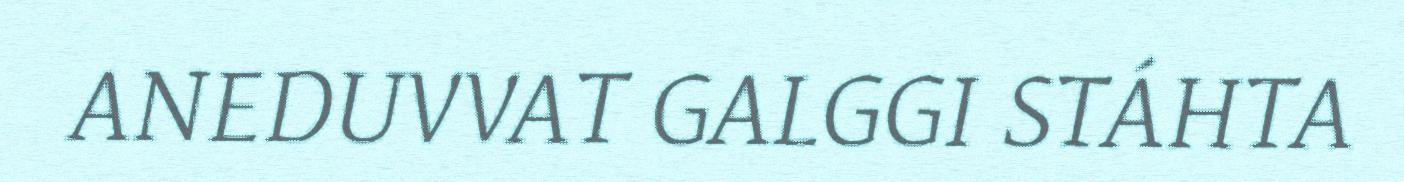
ANEDUVVAT GALGGI STÁHTA